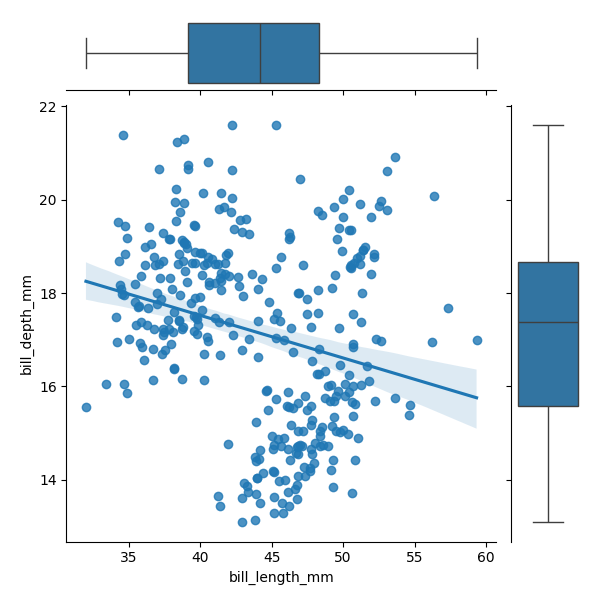
python, seaborn, JointGrid, regplot, boxplot